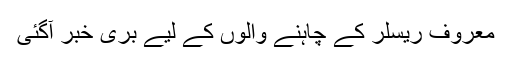
معروف ریسلر کے چاہنے والوں کے لیے بری خبر آگئی